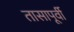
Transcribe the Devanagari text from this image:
तासापूर्वी